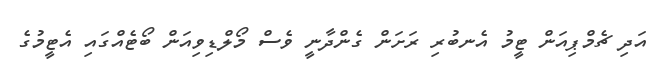
އަދި ޗެމްޕިއަން ޓީމު އެނބުރި ރަށަން ގެންދާނީ ވެސް މޯލްޑިވިއަން ބޯޓެއްގައި އެޓީމުގެ